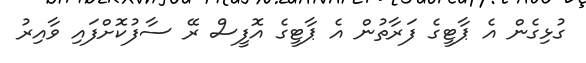
ގުޅިގެން އެ ޕާޓީގެ ފަރާތުން އެ ޕާޓީގެ އޮފީސް ރޭ ސާފުކޮށްފައި ވާއިރު